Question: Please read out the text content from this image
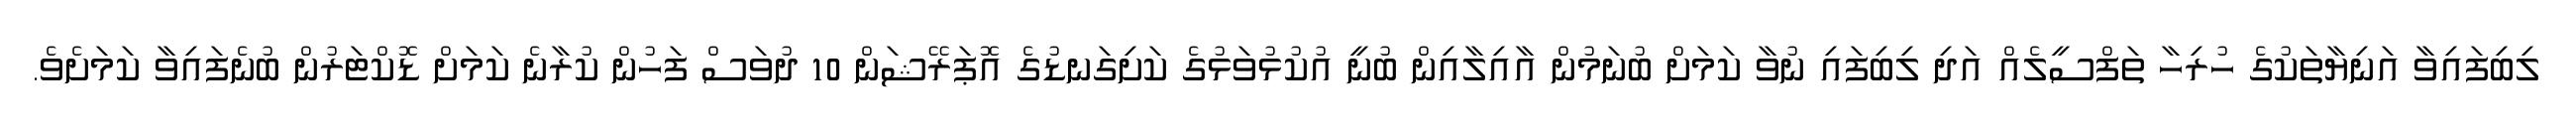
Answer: ލިބިފައިވާ އަނިޔާތަކުގެ ހުރިހާ ތަފްސީލެއް އަދި ލިބިފައި ނުވާ ކަމަށް ބުނަމުން އާއިލާއިން ބުނީ އުކުޅުވަޅުގެ ކަށިގަނޑުގެ އޮޕަރޭޝަން 10 ދުވަސް ފަހުން ކުރާނެ ކަމަށް ޑޮކްޓަރުން ބުނެފައިވާ ކަމަށެވެ.